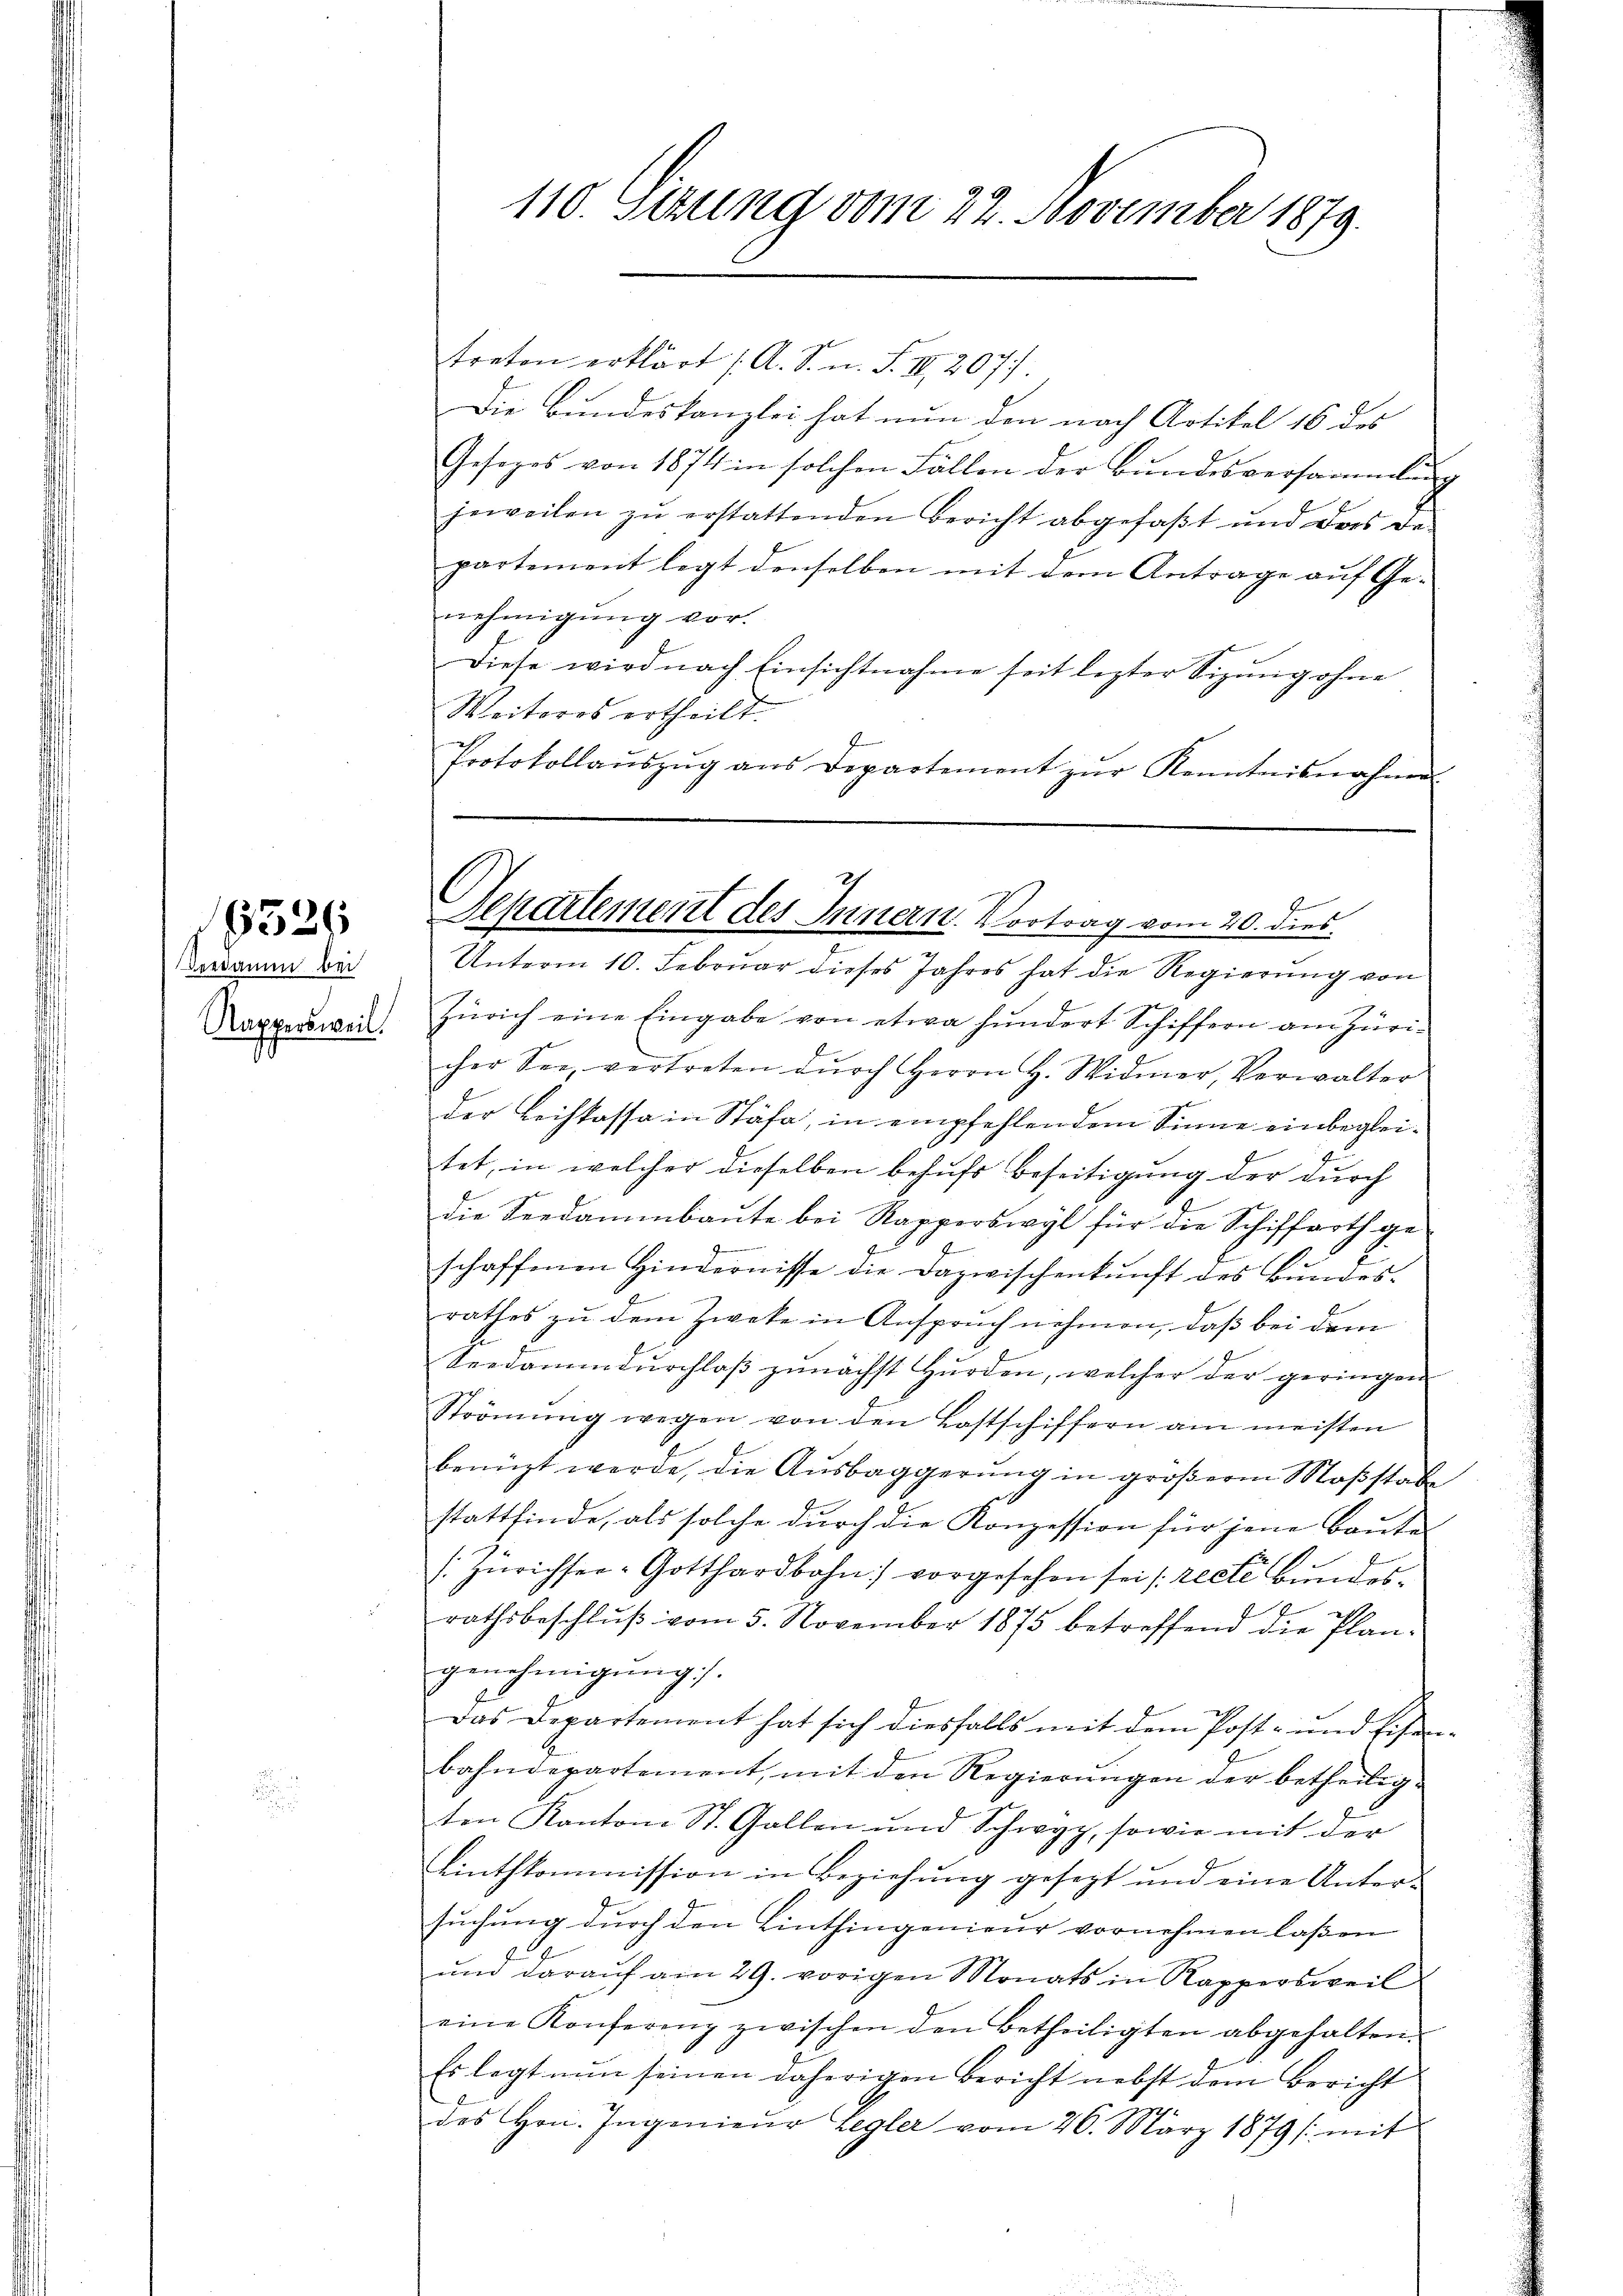
Bestamm bei
Nappersweil.

5526

110. Sizung vom 22. November 1879.

treten erklärt /: A. S. n. F. II., 207
Die Bundeskanzlei hat nun den nach Artikel 16 des
Gesetzes von 1874 in solchen Fällen der Bundesversammlung
jeweilen zŭ erstattenden Bericht abgefaßt und das da
partement legt denselben mit dem Antrage auf Genehmigung vor.
Diese wird nach Einsichtnahme seit lezter Sizung ohne
Weiteres ertheilt.
Protokollaŭszŭg ans Departement zŭr Kenntnisnahme

Separtement des Innern Vortrag vom 20. dies

Unterm 10. Februar dieses Jahres hat die Regierung von
Zürich eine Eingabe von etwa hundert Schiffern am Züricher See, vertreten dŭrch Herrn H. Widmer, Verwalter
der Leihkassa in Stäfa, in empfehlendem Sinne einbegleitet, in welcher dieselben behufs Beseitigung der durch
die Seedamenbaute bei Rapperswyl für die Schiffarth ge-
schaffenen Hindernisse die Dazwischenkunft des Bundes-
rathes zu dem Zweke in Anspruch nehmen, daß bei dem
Seedammdurchlaß zunächst Hurden, welcher der geringen
Strömung wegen von den Lastschiffern am meisten
benüzt werde, die Aŭsbaggerŭng in größeren Maβstabe
stattfinde, als solche durch die Konzession für jene Baute
s. Zürichsee-Gotthardbahn vorgesehen sei (recte Bundesrathsbeschluß vom 5. November 1875 betreffend die Plangenehmigung).
Das Departement hat sich diesfalls mit dem Post- und Scheibahndepartement, mit den Regierungen der betheiligten Kanton St. Gallen und Schwyz, sowie mit der
Linthkommission in Beziehung gesetzt und eine Unter-
suchung durch den Linthingenieur vornehmen laßen
und darauf am 29. vorigen Monats in Kappersweil
eine Konferenz zwischen den betheiligten abgehalten.
Es legt nun seinen daherigen Bericht nebst dem Bericht
des Hrn. Ingenieŭr regler vom 26. März 1879 /: mit